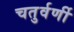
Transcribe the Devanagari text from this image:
चतुर्वर्णी